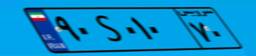
۵۷S۵۸۸۶۹